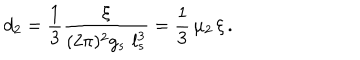
d _ { 2 } = { \frac { 1 } { 3 } } { \frac { \xi } { ( 2 \pi ) ^ { 2 } g _ { s } \, \, l _ { s } ^ { 3 } } } = { \frac { 1 } { 3 } } \, \mu _ { 2 } \, \xi \, .